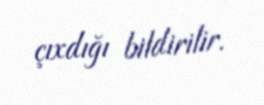
çıxdığı bildirilir.